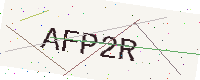
Text: AFP2R